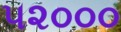
૫૨૦૦૦